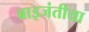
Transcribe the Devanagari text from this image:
बाइजंतीया